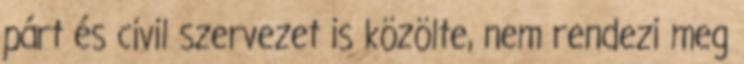
párt és civil szervezet is közölte, nem rendezi meg